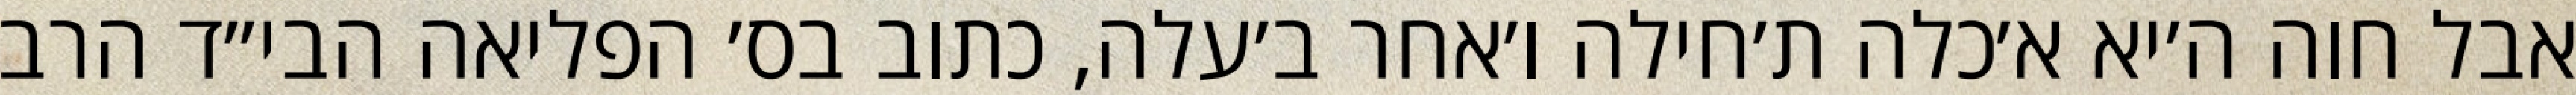
אבל חוה ה׳יא א׳כלה ת׳חילה ו׳אחר ב׳עלה, כתוב בס׳ הפליאה הבי״ד הרב